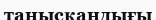
танысқандығы